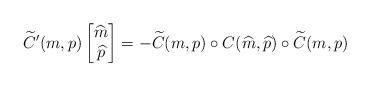
LaTeX: \begin{align*}\widetilde{C}'(m,p)\begin{bmatrix}\widehat{m}\\\widehat{p}\end{bmatrix} =-\widetilde{C}(m,p)\circ C(\widehat{m},\widehat{p})\circ\widetilde{C}(m,p)\end{align*}